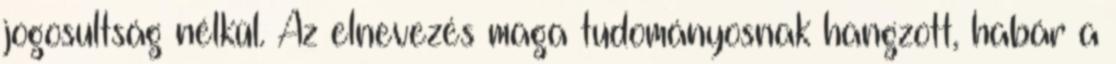
jogosultság nélkül. Az elnevezés maga tudományosnak hangzott, habár a